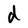
Character: d